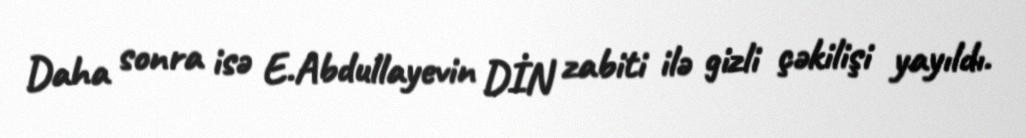
Daha sonra isə E.Abdullayevin DİN zabiti ilə gizli çəkilişi yayıldı.